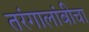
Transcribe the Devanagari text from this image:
तरंगालांबीचा